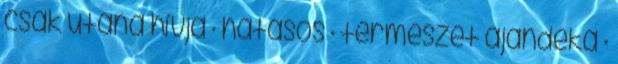
csak utána hívja · hatásos · természet ajándéka ·